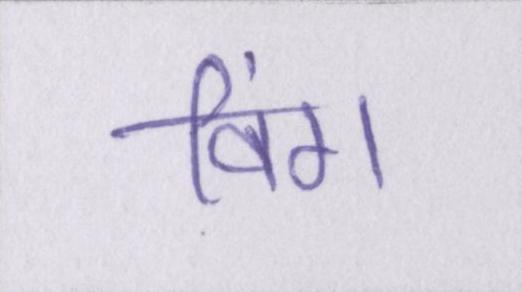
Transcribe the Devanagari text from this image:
विंग